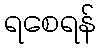
ရစေရန်